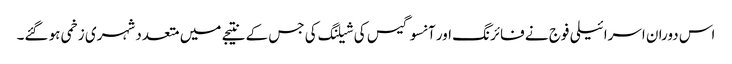
اس دوران اسرائیلی فوج نے فائرنگ اور آنسوگیس کی شیلنگ کی جس کے نتیجے میں متعدد شہری زخمی ہو گئے۔